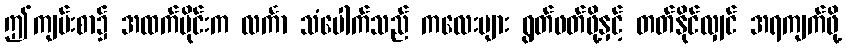
ဤကျမ်းစာ၌ အထက်ပိုင်းက လင်္ကာ သံပေါက်သည် ကလေးများ ရွတ်ဖတ်ဖို့နှင့် တတ်နိုင်လျှင် အရကျက်ဖို့